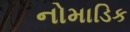
નોમાડિક